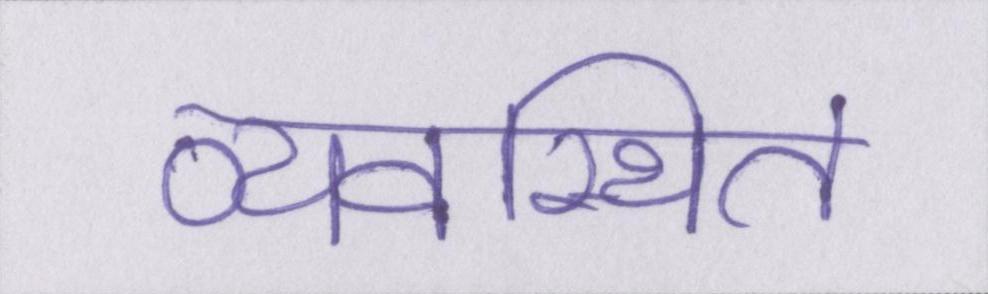
व्यवस्थित